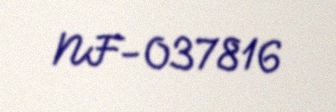
NF-037816